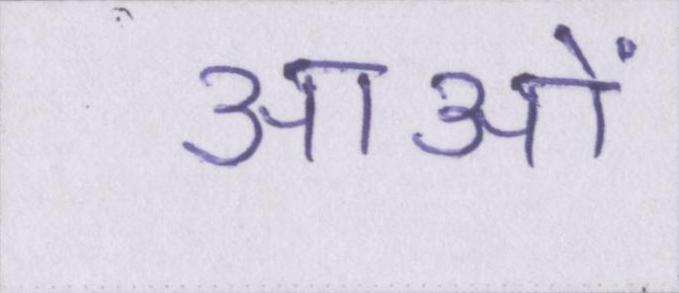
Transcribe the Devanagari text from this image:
आओं